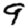
Digit: 9